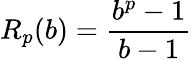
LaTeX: R_{p}(b)={\frac{b^{p}-1}{b-1}}